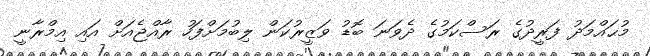
މުޙައްމަދު ފަރީދުގެ ރަސްކަމުގެ ދެވަނަ ބޮޑު ވަޒީރުކަން ލިބުމަށްފަހު ރާއްޖެއަށް އައި އިމްރާނީ